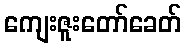
ကျေးဇူးတော်ခေတ်